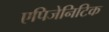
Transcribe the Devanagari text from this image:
एपिजेनिटिक